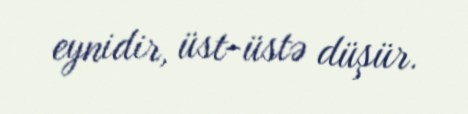
eynidir, üst-üstə düşür.